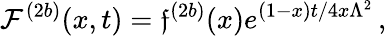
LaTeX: {\cal\mathcal{F}}^{(2b)}(x,t)=\mathfrak{f}^{(2b)}(x)e^{(1-x)t/4x\Lambda^{2}}\, ,